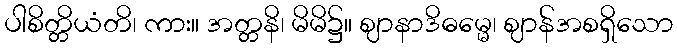
ပါစိတ္တိယံတိ၊ ကား။ အတ္တနိ၊ မိမိ၌။ ဈာနာဒိဓမ္မေ၊ ဈာန်အစရှိသော